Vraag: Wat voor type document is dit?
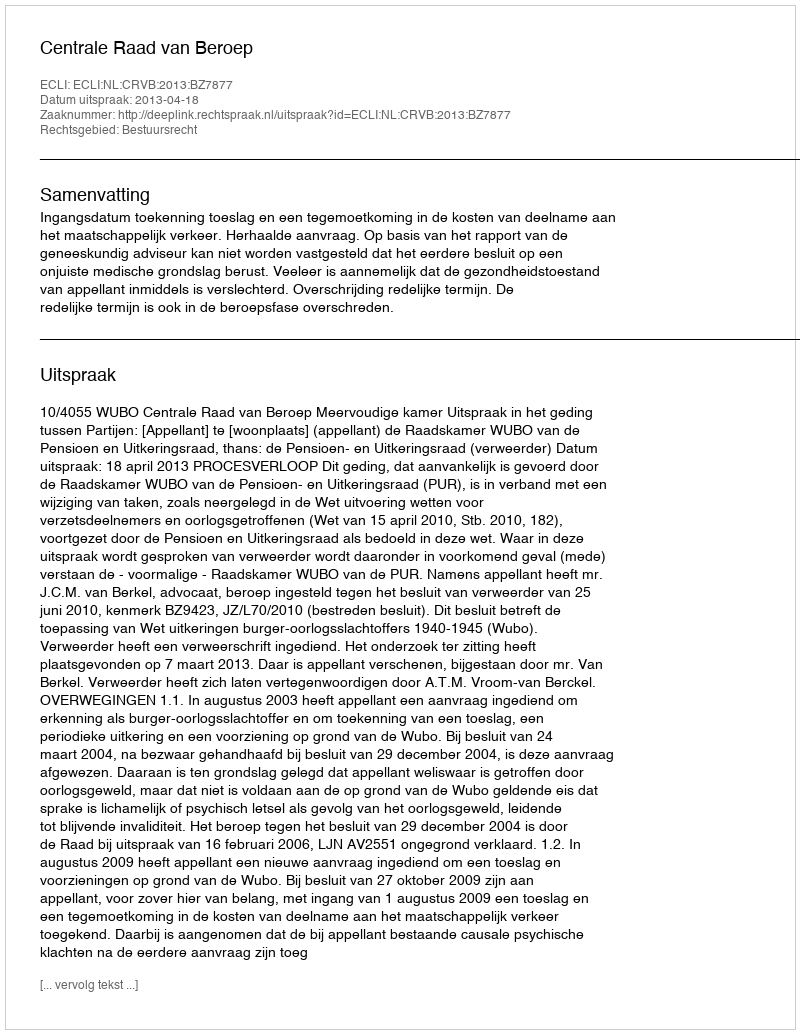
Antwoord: Uitspraak